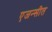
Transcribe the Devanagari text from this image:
एजन्सीत